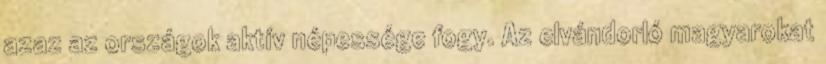
azaz az országok aktív népessége fogy. Az elvándorló magyarokat